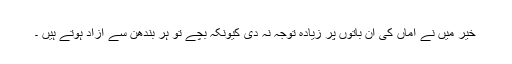
خیر میں نے اماں کی ان باتوں پر زیادہ توجہ نہ دی کیونکہ بچے تو ہر بندھن سے آزاد ہوتے ہیں ۔